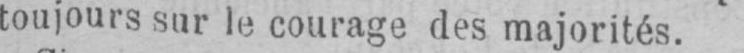
toujours sur le courage des majorités.